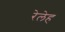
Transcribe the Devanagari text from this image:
रेलेह